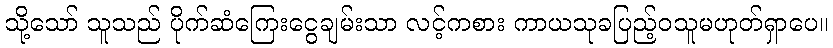
သို့သော် သူသည် ပိုက်ဆံကြေးငွေချမ်းသာ လင့်ကစား ကာယသုခပြည့်ဝသူမဟုတ်ရှာပေ။